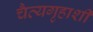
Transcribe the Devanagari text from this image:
चैत्यगृहाशी